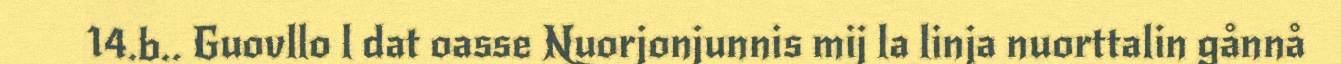
14.b.. Guovllo l dat oasse Nuorjonjunnis mij la linja nuorttalin gånnå